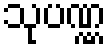
သုပဏ္ဏ